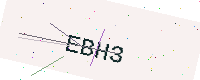
Text: EBH3